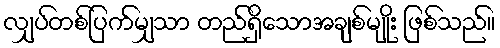
လျှပ်တစ်ပြက်မျှသာ တည်ရှိသောအချစ်မျိုး ဖြစ်သည်။